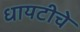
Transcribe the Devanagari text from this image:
धायटीचे